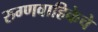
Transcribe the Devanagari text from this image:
रुग्णवाहिकेचे